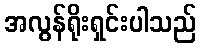
အလွန်ရိုးရှင်းပါသည်